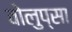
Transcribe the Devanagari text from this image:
वोलुप्सा